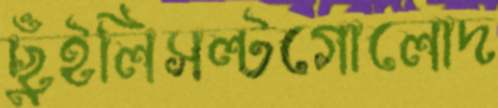
ছুঁইলিসল্টগোলোদ